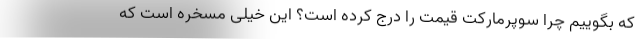
که بگوییم چرا سوپرمارکت قیمت را درج کرده است؟ این خیلی مسخره است که